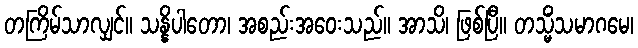
တကြိမ်သာလျှင်။ သန္နိပါတော၊ အစည်းအဝေးသည်။ အာသိ၊ ဖြစ်ပြီ။ တသ္မိံသမာဂမေ၊